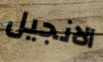
الانجيل